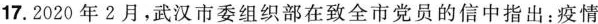
17.2020年2月，武汉市委组织部在致全市党员的信中指出：疫情